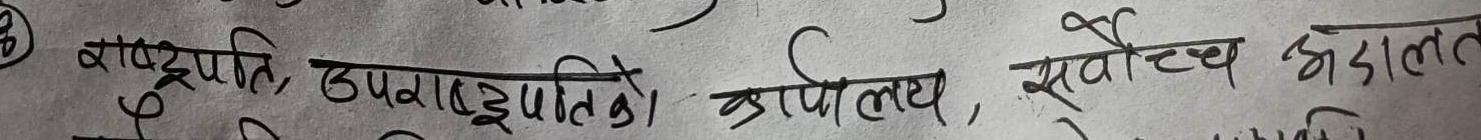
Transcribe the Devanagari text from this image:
बाषूपति, उपवासुपतिको कालिय, सर्वोच्च अदालत